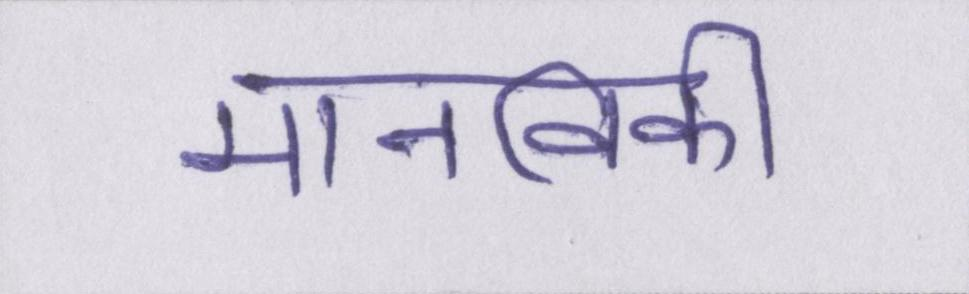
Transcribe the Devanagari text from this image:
मानविकी